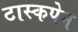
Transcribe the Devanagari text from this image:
टास्कपेन